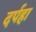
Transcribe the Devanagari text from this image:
दर्पहा